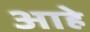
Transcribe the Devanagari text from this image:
आहेे